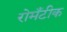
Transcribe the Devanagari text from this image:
रोमँटीक